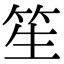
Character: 笙